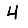
Digit: 4